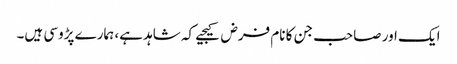
ایک اور صاحب جن کا نام فرض کیجیے کہ شاہد ہے، ہمارے پڑوسی ہیں۔